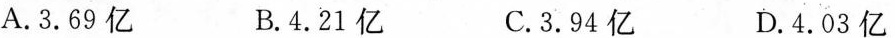
A.3.69亿 B.4.21亿 C.3.94亿 D.4.03亿